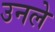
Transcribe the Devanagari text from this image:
उनले